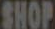
SHOP